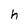
Character: h